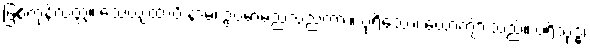
ဖြစ်ကုန်လတ္တံ့။ သေယျထာပိ နာမ၊ ဥပမာမည်သည်ကား။ ပုရိသော၊ ယောကျ်ားသည်။ ပရိသုဒ္ဓံ၊